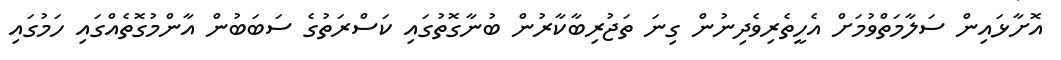
އޮށާޅައިން ސަލާމަތްވުމަށް އެހީތެރިވެދިނުން ގިނަ ތަޖުރިބާކާރުން ބުނާގޮތުގައި ކަސްރަތުގެ ސަބަބުން އާންމުގޮތެއްގައި ހަމުގައި